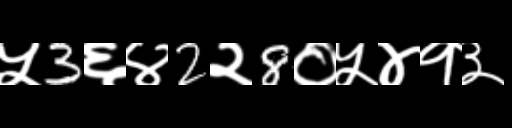
Text: ५3६४2२8०५४१३